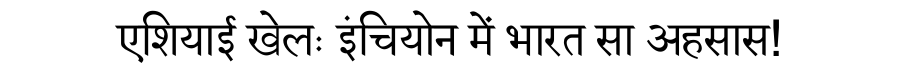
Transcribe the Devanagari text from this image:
एशियाई खेलः इंचियोन में भारत सा अहसास!